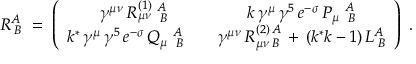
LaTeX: R _ { \; B } ^ { A } \; = \; \left( \begin{array} { c c } { { \gamma ^ { \mu \nu } \, R _ { \mu \nu } ^ { ( 1 ) } \; _ { \; B } ^ { A } } } & { { k \, \gamma ^ { \mu } \, \gamma ^ { 5 } \, e ^ { - \sigma } \, P _ { \mu } \; _ { \; B } ^ { A } } } \\ { { k ^ { * } \, \gamma ^ { \mu } \, \gamma ^ { 5 } \, e ^ { - \sigma } \, Q _ { \mu } \; _ { \; B } ^ { A } \quad } } & { { \gamma ^ { \mu \nu } \, R _ { \mu \nu \; B } ^ { ( 2 ) \, A } \, + \, ( k ^ { * } k - 1 ) \, L _ { \; B } ^ { A } } } \end{array} \right) \; .